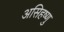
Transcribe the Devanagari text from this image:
असिहष्णु